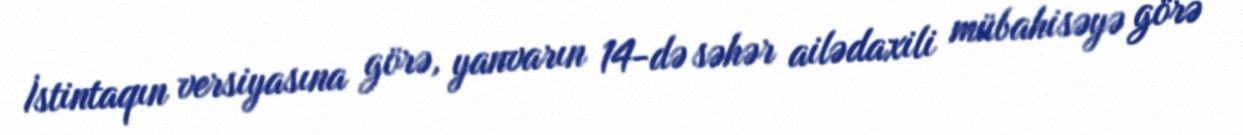
İstintaqın versiyasına görə, yanvarın 14-də səhər ailədaxili mübahisəyə görə